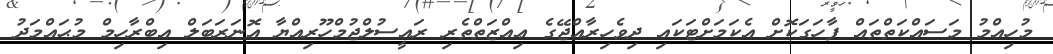
މުހިއްމު މަސައްކަތްތައް ފާހަގަކޮށް އެކަމަށްޓަކައި ދިވެހިރާއްޖޭގެ ޢިއްޒަތްތެރި ރައީސުލްޖުމްހޫރިއްޔާ އޮނަރަބަލް އިބްރާހިމް މުޙައްމަދު